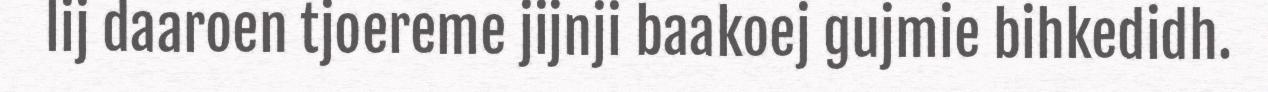
lij daaroen tjoereme jijnji baakoej gujmie bihkedidh.